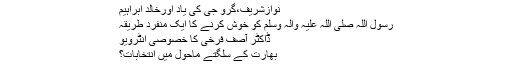
نوازشریف،گرو جی کی یاد اورخالد ابراہیم
رسول اللہ صلی اللہ علیہ وآلہ وسلم کو خوش کرنے کا ایک منفرد طریقہ
ڈاکٹر آصف فرخی کا خصوصی انٹرویو
بھارت کے سلگتے ماحول میں انتخابات؟